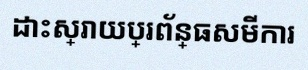
ដោះស្រាយប្រព័ន្ធសមីការ